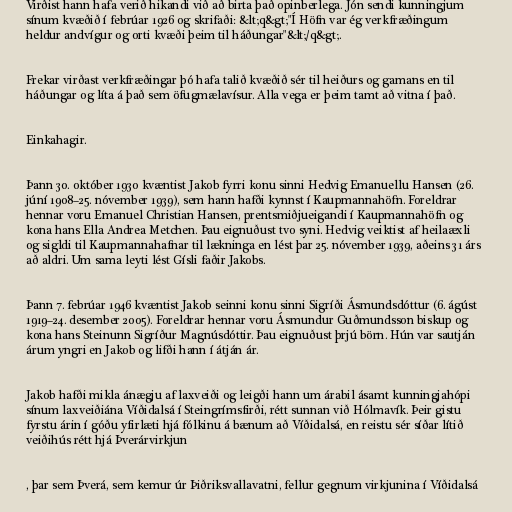
Virðist hann hafa verið hikandi við að birta það opinberlega. Jón sendi kunningjum
sínum kvæðið í febrúar 1926 og skrifaði: &lt;q&gt;"Í Höfn var ég verkfræðingum
heldur andvígur og orti kvæði þeim til háðungar"&lt;/q&gt;.

Frekar virðast verkfræðingar þó hafa talið kvæðið sér til heiðurs og gamans en til
háðungar og líta á það sem öfugmælavísur. Alla vega er þeim tamt að vitna í það.

Einkahagir.

Þann 30. október 1930 kvæntist Jakob fyrri konu sinni Hedvig Emanuellu Hansen (26.
júní 1908–25. nóvember 1939), sem hann hafði kynnst í Kaupmannahöfn. Foreldrar
hennar voru Emanuel Christian Hansen, prentsmiðjueigandi í Kaupmannahöfn og
kona hans Ella Andrea Metchen. Þau eignuðust tvo syni. Hedvig veiktist af heilaæxli
og sigldi til Kaupmannahafnar til lækninga en lést þar 25. nóvember 1939, aðeins 31 árs
að aldri. Um sama leyti lést Gísli faðir Jakobs.

Þann 7. febrúar 1946 kvæntist Jakob seinni konu sinni Sigríði Ásmundsdóttur (6. ágúst
1919–24. desember 2005). Foreldrar hennar voru Ásmundur Guðmundsson biskup og
kona hans Steinunn Sigríður Magnúsdóttir. Þau eignuðust þrjú börn. Hún var sautján
árum yngri en Jakob og lifði hann í átján ár.

Jakob hafði mikla ánægju af laxveiði og leigði hann um árabil ásamt kunningjahópi
sínum laxveiðiána Víðidalsá í Steingrímsfirði, rétt sunnan við Hólmavík. Þeir gistu
fyrstu árin í góðu yfirlæti hjá fólkinu á bænum að Víðidalsá, en reistu sér síðar lítið
veiðihús rétt hjá Þverárvirkjun

, þar sem Þverá, sem kemur úr Þiðriksvallavatni, fellur gegnum virkjunina í Víðidalsá